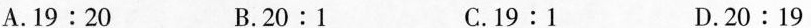
A.19:20 B.20:1 C.19:1 D.20:19